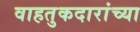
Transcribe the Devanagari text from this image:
वाहतुकदारांच्या